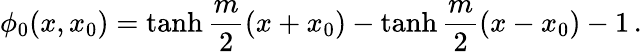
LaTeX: \phi_{0}(x,x_{0})=\operatorname{tanh}\frac{m}{2}(x+x_{0})-\operatorname{tanh}\frac{m}{2}(x-x_{0})-1\, .